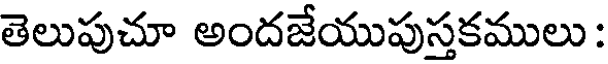
తెలుపుచూ అందజేయుపుస్తకములు :